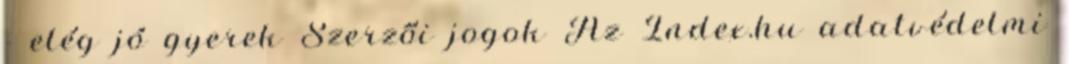
- elég jó gyerek Szerzői jogok Az Index.hu adatvédelmi